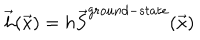
LaTeX: \vec { h } ( \vec { x } ) = h \vec { S } ^ { g r o u n d - s t a t e } ( \vec { x } )